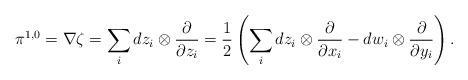
LaTeX: \begin{align*} \pi^{1,0}=\nabla \zeta = \sum_i dz_i\otimes \frac{\partial}{\partial z_i}= \frac{1}{2}\left(\sum_i dz_i\otimes \frac{\partial}{\partial x_i}- dw_i\otimes \frac{\partial}{\partial y_i}\right).\end{align*}